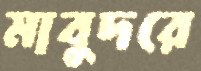
মাবুদরে